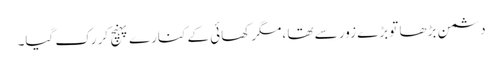
دشمن بڑھا تو بڑے زور سے تھا ،مگر کھائی کے کنارے پہنچ کر رک گیا۔